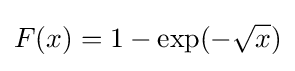
{\begin{aligned}F(x)=1-\exp(-{\sqrt {x}})\end{aligned}}